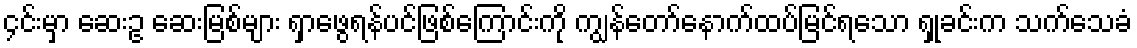
၄င်းမှာ ဆေးဥ ဆေးမြစ်များ ရှာဖွေရန်ပင်ဖြစ်ကြောင်းကို ကျွန်တော်နောက်ထပ်မြင်ရသော ရှုခင်းက သက်သေခံ